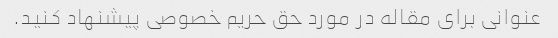
عنوانی برای مقاله در مورد حق حریم خصوصی پیشنهاد کنید.